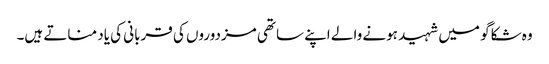
وہ شکاگو میں شہید ہونے والے اپنے ساتھی مزدوروں کی قربانی کی یاد مناتے ہیں۔